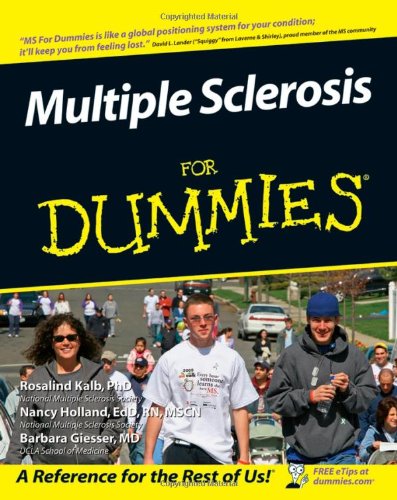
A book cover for Multiple Sclerosis For Dummies; Rosalind Kalb; Health, Fitness & Dieting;